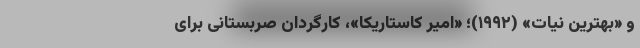
و «بهترین نیات» (۱۹۹۲)؛ «امیر کاستاریکا»، کارگردان صربستانی برای